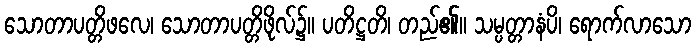
သောတာပတ္တိဖလေ၊ သောတာပတ္တိဖိုလ်၌။ ပတိဋ္ဌတိ၊ တည်၏။ သမ္ပတ္တာနံပိ၊ ရောက်လာသော